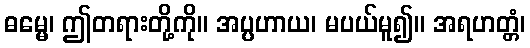
ဓမ္မေ၊ ဤတရားတို့ကို။ အပ္ပဟာယ၊ မပယ်မူ၍။ အရဟတ္တံ၊